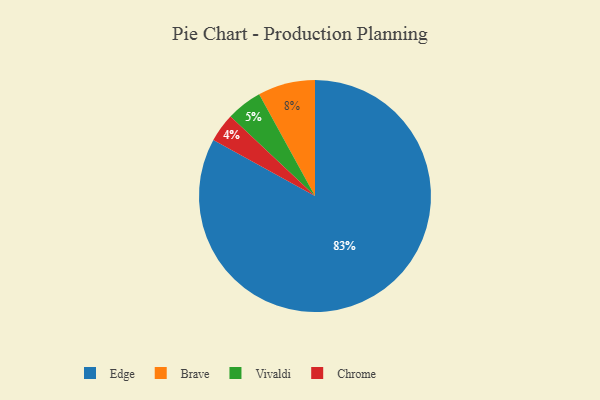
{"axis": {"x": "Category", "y": "Percentage"}, "legend": ["Brave", "Chrome", "Edge", "Vivaldi"], "data": [{"x": "Brave", "y": 8, "type": "Brave"}, {"x": "Edge", "y": 83, "type": "Edge"}, {"x": "Vivaldi", "y": 5, "type": "Vivaldi"}, {"x": "Chrome", "y": 4, "type": "Chrome"}]}